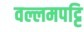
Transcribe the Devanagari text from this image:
वल्लमपट्टि